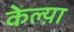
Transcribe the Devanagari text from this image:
केल्य़ा